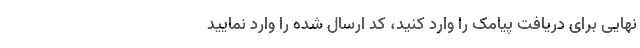
نهایی برای دریافت پیامک را وارد کنید، کد ارسال شده را وارد نمایید